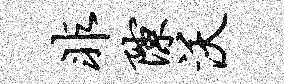
非隙沃